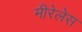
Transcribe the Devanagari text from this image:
मीरेलेस